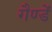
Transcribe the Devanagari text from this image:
गैण्डें